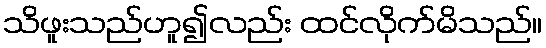
သိဖူးသည်ဟူ၍လည်း ထင်လိုက်မိသည်။